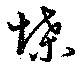
堞